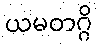
ယမတဂ္ဂိ